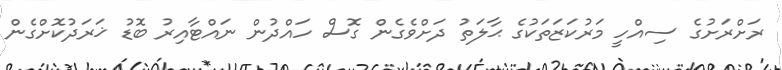
ރަށްރަށުގެ ސިއްހީ މަރުކަޒަތަކުގެ ޙާލަތު ދަށްވެގެން ގޮސް ހައްދުން ނައްޓާއިރު ބޮޑު ޚަރަދުކޮށްގެން